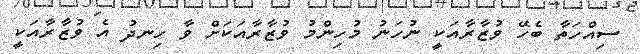
ސިއްހަތާ ބެހޭ ވުޒާރާއަކީ ނުހަނު މުހިންމު ވުޒާރާއަކަށް ވާ ހިނދު އެ ވުޒާރާއަކީ